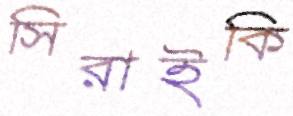
সিরাইকি